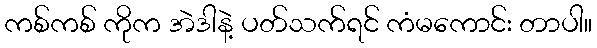
ကစ်ကစ် ကိုက အဲဒါနဲ့ ပတ်သက်ရင် ကံမကောင်း တာပါ။